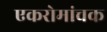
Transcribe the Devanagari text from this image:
एकरोमांचक